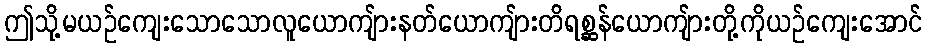
ဤသို့မယဉ်ကျေးသောသောလူယောကျ်ားနတ်ယောကျ်ားတိရစ္ဆန်ယောကျ်ားတို့ကိုယဉ်ကျေးအောင်